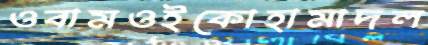
ওবামওইকোহামাদল